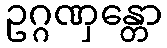
ဥဂ္ဂဏှန္တော